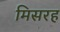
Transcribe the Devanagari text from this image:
मिसरह